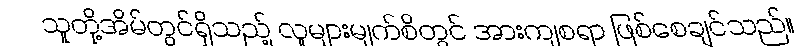
သူတို့အိမ်တွင်ရှိသည့် လူများမျက်စိတွင် အားကျစရာ ဖြစ်စေချင်သည်။